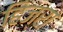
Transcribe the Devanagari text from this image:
हिज्रा